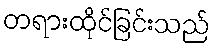
တရားထိုင်ခြင်းသည်